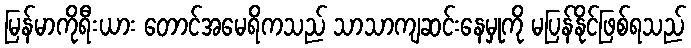
မြန်မာကိုရီးယား တောင်အမေရိကသည် သာသာကျဆင်းနေမှုကို မပြန်နိုင်ဖြစ်ရသည်